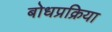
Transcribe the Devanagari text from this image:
बोधप्रक्रिया